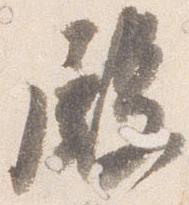
殿